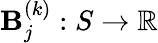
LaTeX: \mathbf{B}_{j}^{(k)}:S\rightarrow\mathbb{R}